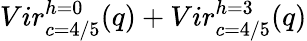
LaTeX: {Vir_{c=4/5}^{h=0}(q)+Vir_{c=4/5}^{h=3}(q)}